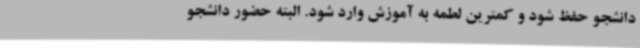
دانشجو حفظ شود و کمترین لطمه به آموزش وارد شود. البته حضور دانشجو